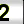
Digit: 2